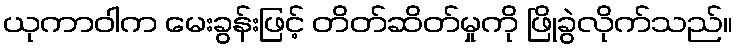
ယုကာဝါက မေးခွန်းဖြင့် တိတ်ဆိတ်မှုကို ဖြိုခွဲလိုက်သည်။